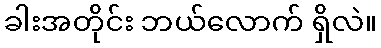
ခါးအတိုင်း ဘယ်လောက် ရှိလဲ။